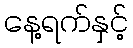
နေ့ရက်နှင့်